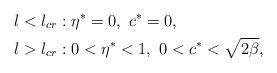
LaTeX: \begin{align*} &l<l_{cr}:\eta^*=0, \ c^*=0, \\ &l>l_{cr}:0<\eta^*<1, \ 0<c^*<\sqrt{2\beta}, \end{align*}